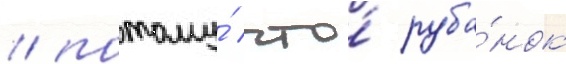
/ потому́ что́ руба́нок